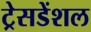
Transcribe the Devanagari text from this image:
ट्रेसडेंशल